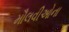
મૌલવીઓના